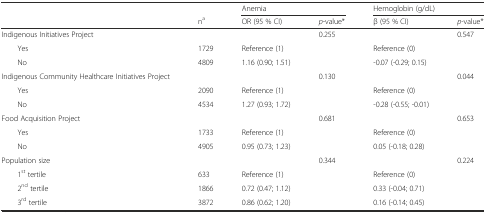
|  |  | <COLSPAN=2> Anemia | <COLSPAN=2> Hemoglobin (g/dL) |
 |  | na | OR (95 % CI) | p-value* | β (95 % CI) | p-value* |
 | --- | --- | --- | --- | --- | --- |
 | Indigenous Initiatives Project |  |  | 0.255 |  | 0.547 |
 | Yes | 1729 | Reference (1) |  | Reference (0) |  |
 | No | 4809 | 1.16 (0.90; 1.51) |  | -0.07 (-0.29; 0.15) |  |
 | Indigenous Community Healthcare Initiatives Project |  |  | 0.130 |  | 0.044 |
 | Yes | 2090 | Reference (1) |  | Reference (0) |  |
 | No | 4534 | 1.27 (0.93; 1.72) |  | -0.28 (-0.55; -0.01) |  |
 | Food Acquisition Project |  |  | 0.681 |  | 0.653 |
 | Yes | 1733 | Reference (1) |  | Reference (0) |  |
 | No | 4905 | 0.95 (0.73; 1.23) |  | 0.05 (-0.18; 0.28) |  |
 | Population size |  |  | 0.344 |  | 0.224 |
 | 1st tertile | 633 | Reference (1) |  | Reference (0) |  |
 | 2nd tertile | 1866 | 0.72 (0.47; 1.12) |  | 0.33 (-0.04; 0.71) |  |
 | 3rd tertile | 3872 | 0.86 (0.62; 1.20) |  | 0.16 (-0.14; 0.45) |  |